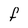
Character: F